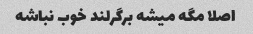
اصلا مگه میشه برگرلند خوب نباشه